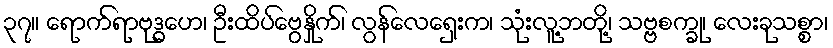
၃၇။ ရောက်ရာဗုဒ္ဓဟေ၊ ဦးထိပ်ဗွေနှိုက်၊ လွန်လေရှေးက၊ သုံးလူ့ဘတို့၊ သဗ္ဗစက္ခု၊ လေးခုသစ္စာ၊